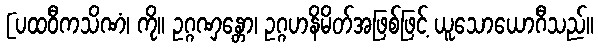
[ပထဝီကသိဏံ၊ ကို။ ဥဂ္ဂဏှန္တော၊ ဥဂ္ဂဟနိမိတ်အဖြစ်ဖြင့် ယူသောယောဂီသည်။